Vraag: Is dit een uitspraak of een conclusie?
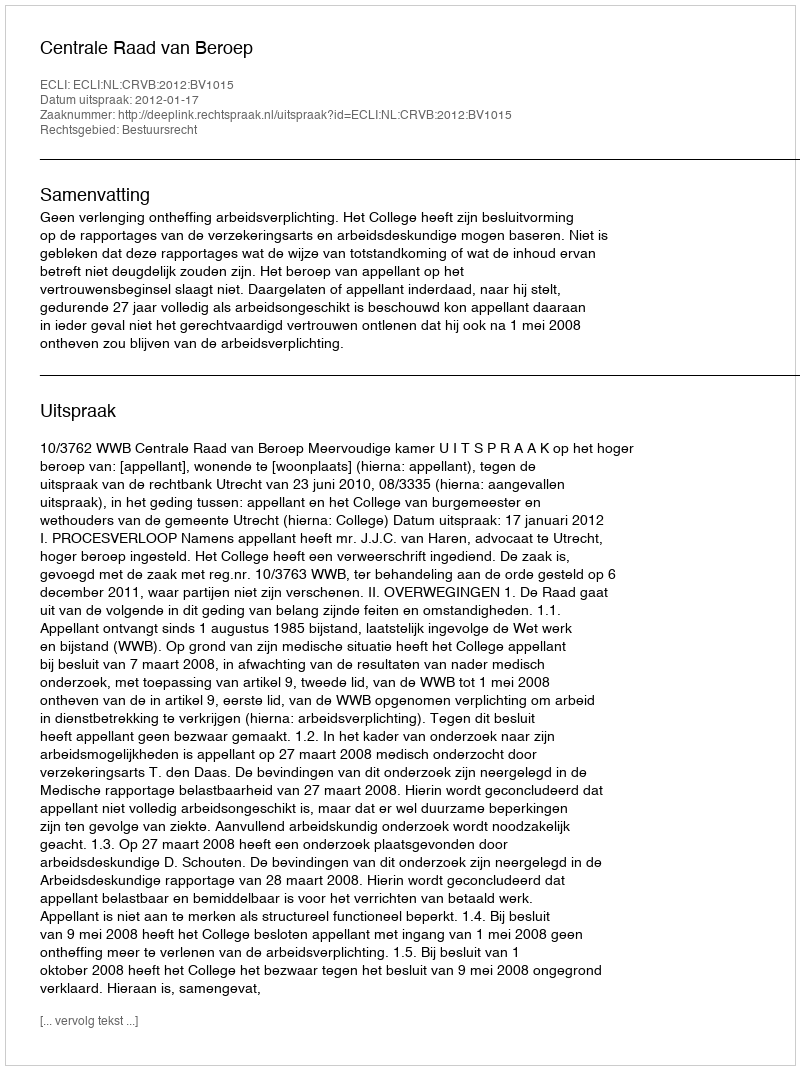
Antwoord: Uitspraak